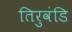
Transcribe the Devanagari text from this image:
तिरुवंडि